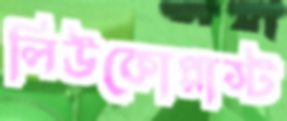
লিউকোপ্লাস্ট